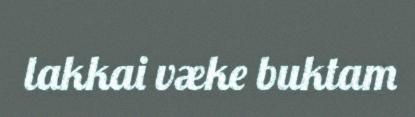
lakkai væke buktam